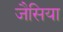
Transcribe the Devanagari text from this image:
जैसिया